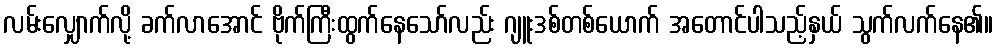
လမ်းလျှောက်လို့ ခက်လာအောင် ဗိုက်ကြီးထွက်နေသော်လည်း ဂျူးဒစ်တစ်ယောက် အတောင်ပါသည့်နှယ် သွက်လက်နေ၏။